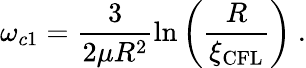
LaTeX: \omega_{c1}=\frac{3}{2\mu R^{2}}\ln\left(\frac{R}{\xi_{\mathrm{CFL}}}\right)\ .